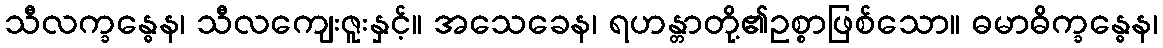
သီလက္ခန္ဓေန၊ သီလကျေးဇူးနှင့်။ အသေခေန၊ ရဟန္တာတို့၏ဥစ္စာဖြစ်သော။ ဓမာဓိက္ခန္ဓေန၊